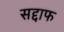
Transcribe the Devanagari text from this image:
सद्दाफ